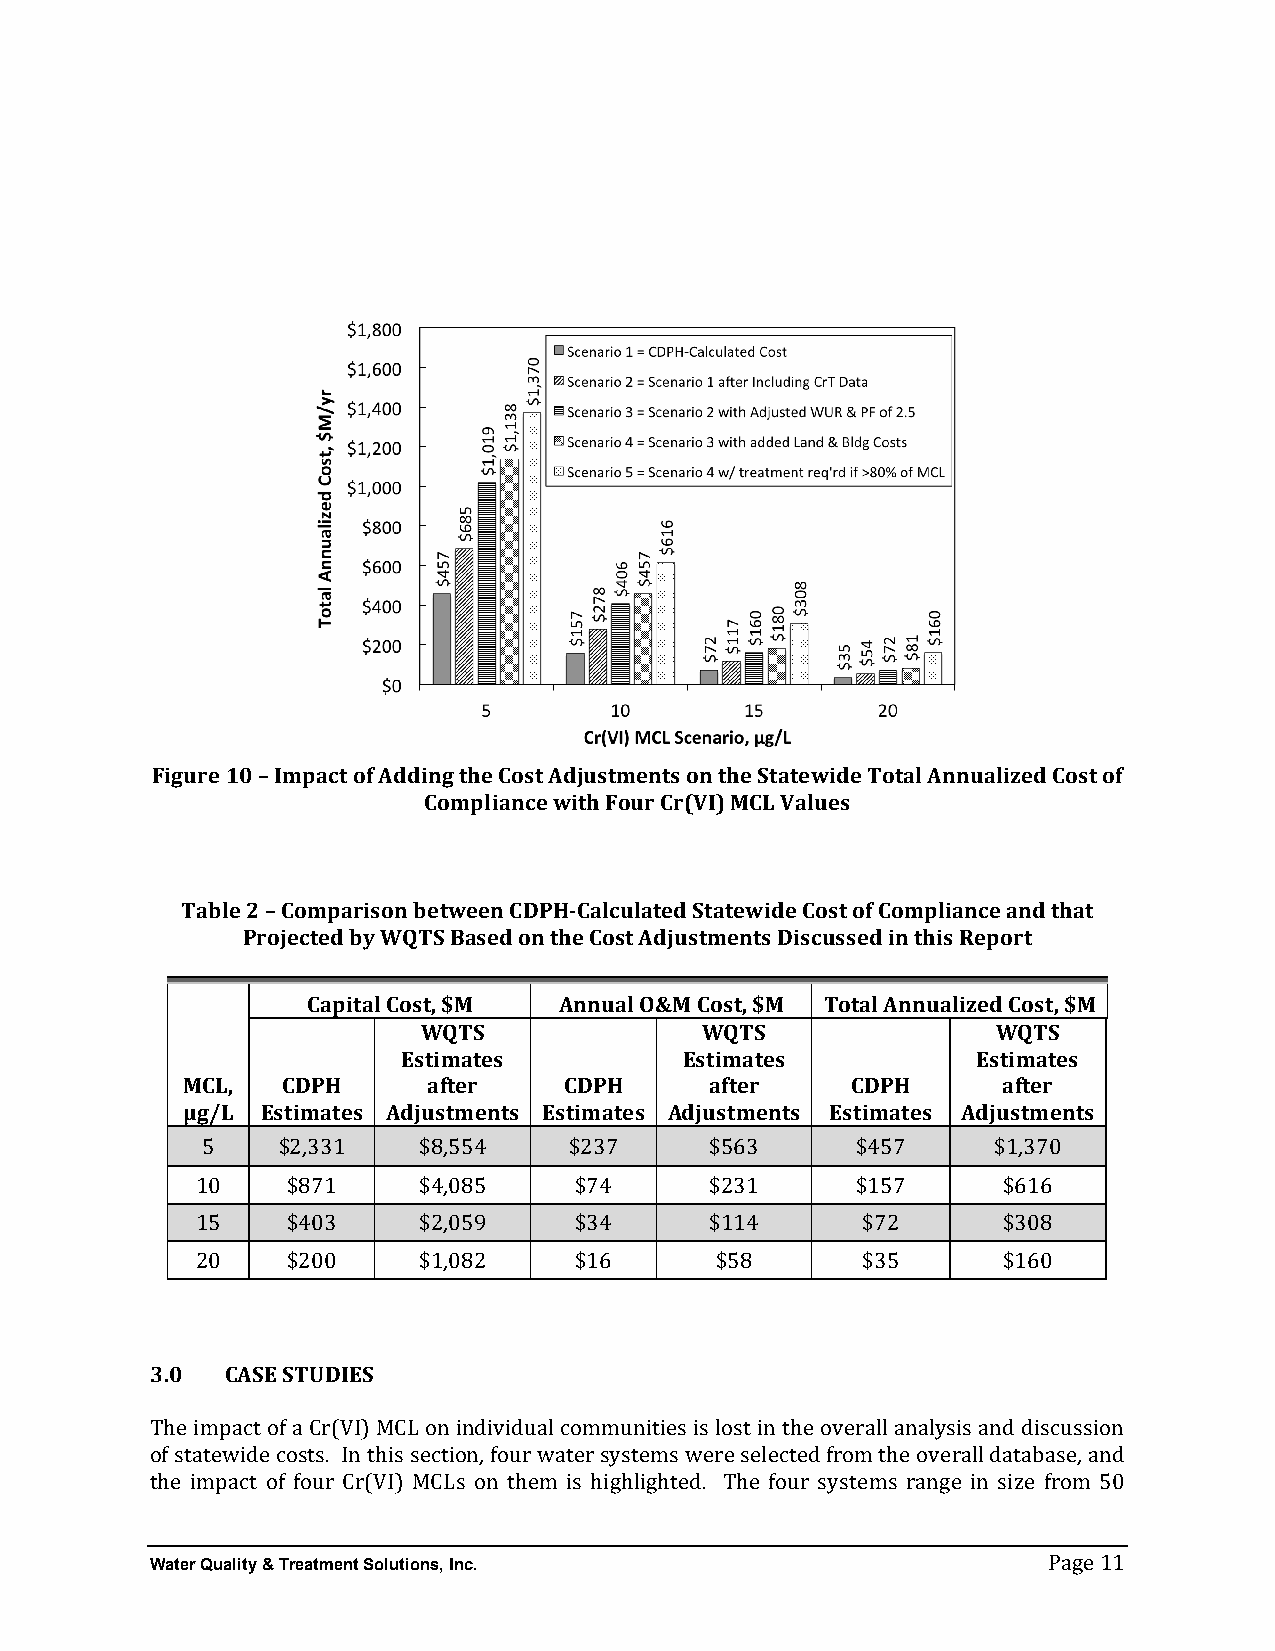
Figure 10 – Impact of Adding the Cost Adjustments on the Statewide Total Annualized Cost of
 Compliance with Four Cr(VI) MCL Values
 Table 2 – Comparison between CDPH-­‐Calculated Statewide Cost of Compliance and that
 Projected by WQTS Based on the Cost Adjustments Discussed in this Report
 Capital Cost, $M Annual O&M Cost, $M Total Annualized Cost, $M
 WQTS              WQTS                WQTS
 Estimates         Estimates           Estimates
 MCL,   CDPH     after    CDPH      after    CDPH      after
 µg/L Estimates Adjustments Estimates Adjustments Estimates Adjustments
 5    $2,331    $8,554    $237     $563      $457     $1,370
 10    $871     $4,085    $74      $231      $157     $616
 15    $403     $2,059    $34      $114      $72      $308
 20    $200     $1,082    $16      $58       $35      $160
 3.0  CASE STUDIES
 The impact of a Cr(VI) MCL on individual communities is lost in the overall analysis and discussion
 of statewide costs. In this section, four water systems were selected from the overall database, and
 the impact of four Cr(VI) MCLs on them is highlighted. The four systems range in size from 50
 Water Quality & Treatment Solutions, Inc.
 Page 11